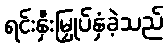
ရင်းနှီးမြှုပ်နှံခဲ့သည်